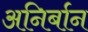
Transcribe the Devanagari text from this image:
अनिर्बान